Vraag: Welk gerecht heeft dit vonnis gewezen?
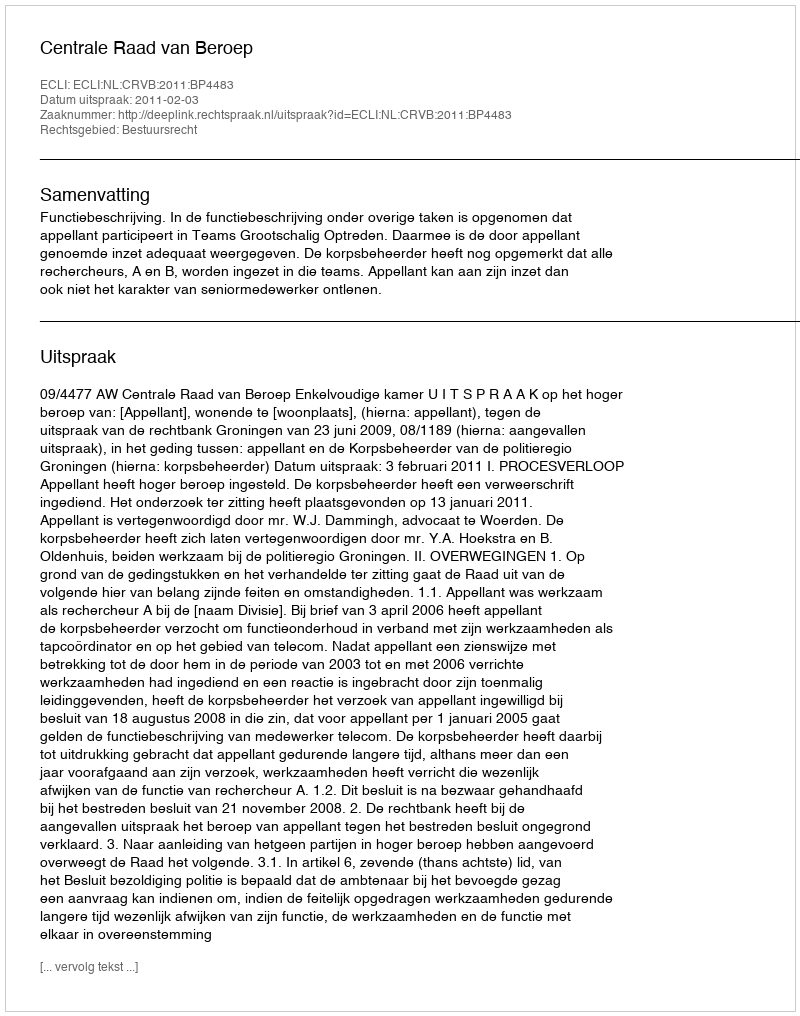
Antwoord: Centrale Raad van Beroep